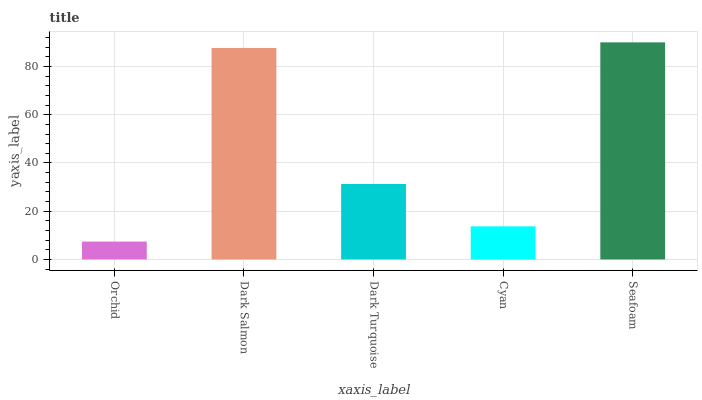
| xaxis_label | bars |
 | --- | --- |
 | Orchid | 7.42 |
 | Dark Salmon | 87.7 |
 | Dark Turquoise | 31.3 |
 | Cyan | 13.7 |
 | Seafoam | 90 |